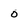
Character: 0